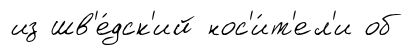
из шв'е́дск'ий нос'и́т'ел'и об